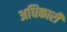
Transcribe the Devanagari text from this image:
अधिकारी